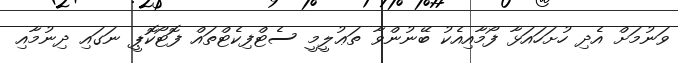
ވަނުމަށް އެދި ހުށަހައަޅާ ފޯމާއިއެކު ބޭނުންވާ ތަޢުލީމީ ސެޓްފިކެޓްތައް ފޮޓޯކޮޕީ ނަގައި ދިނުމާއި